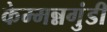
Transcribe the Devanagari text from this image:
केम्मन्नगुंडी